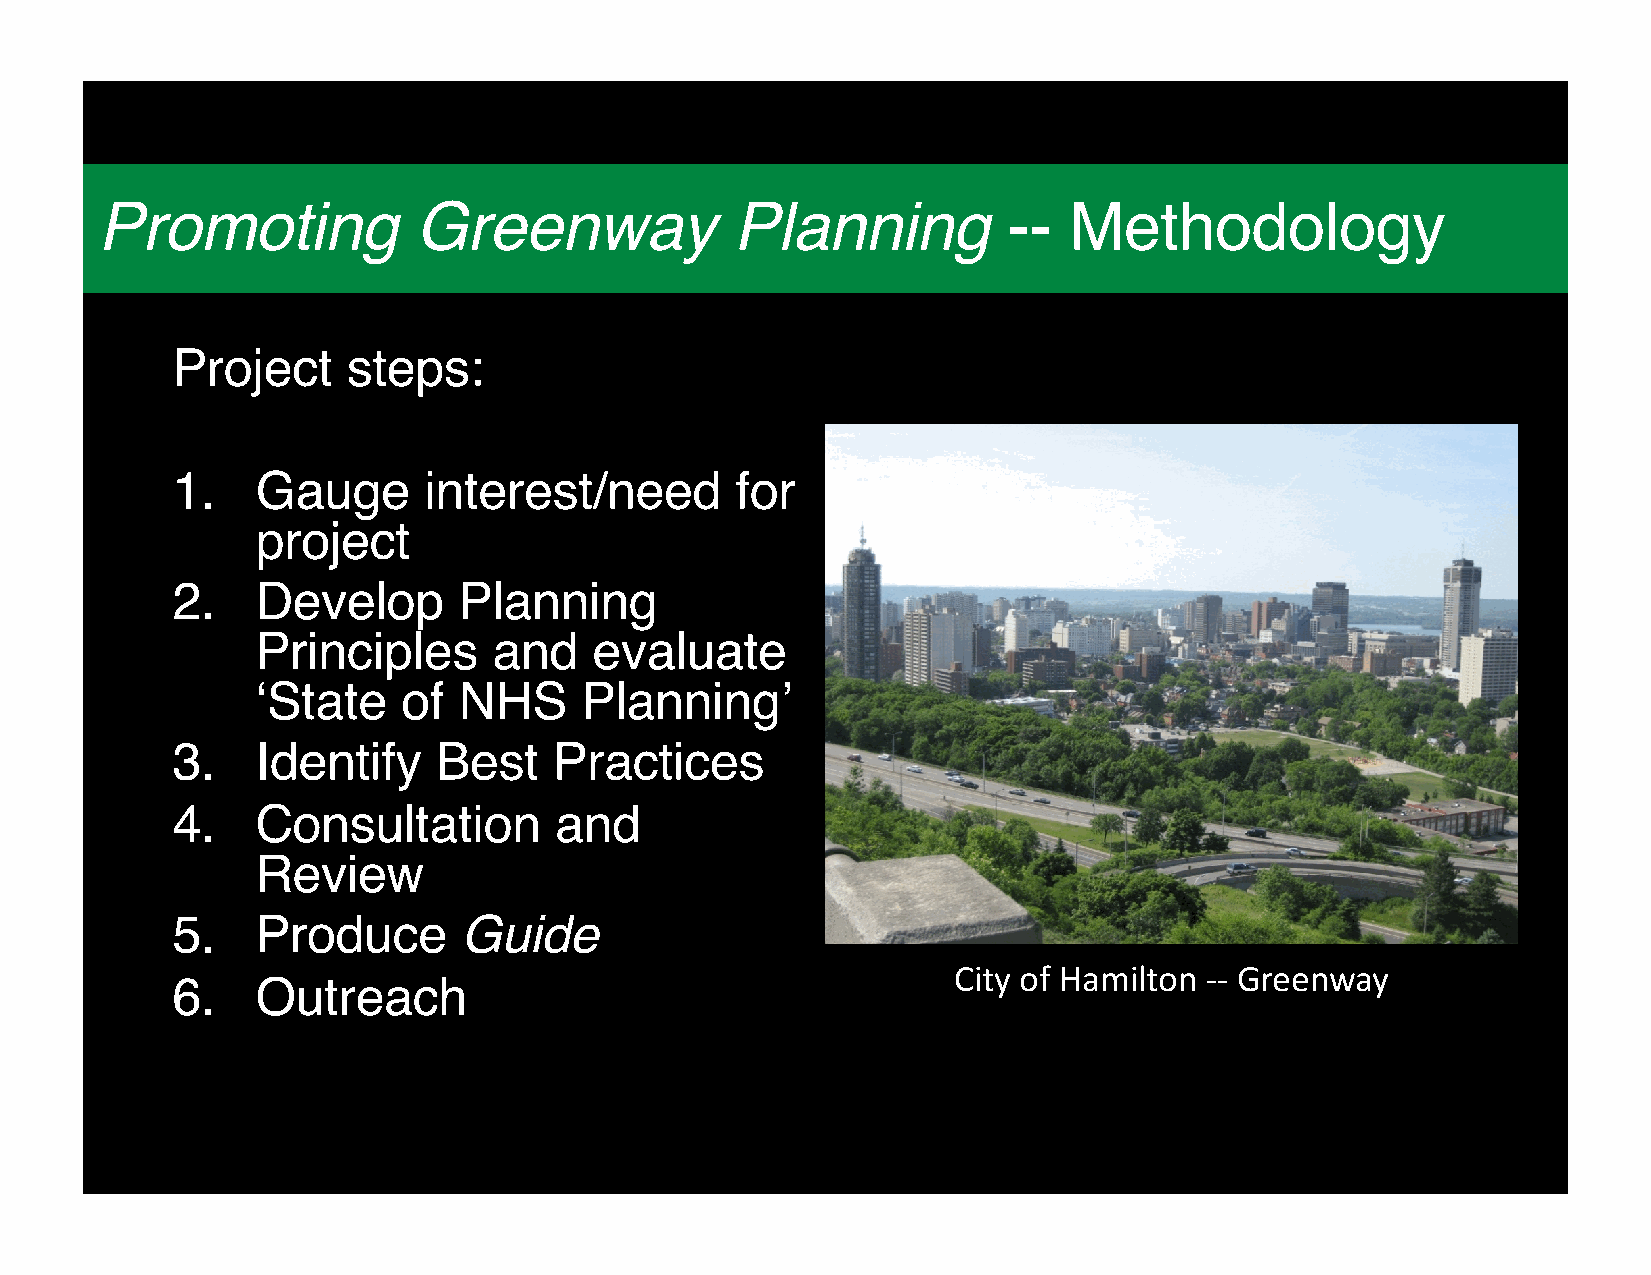
Promoting             Greenway             Planning          --  Methodology
 Project     steps:
 1.    Gauge      interest/need        for
 project
 2.    Develop      Planning
 Principles      and   evaluate
 ‘State    of NHS     Planning’
 3.    Identify    Best    Practices
 4.    Consultation        and
 Review
 5.    Produce       Guide
 City of Hamilton -- Greenway
 6.    Outreach